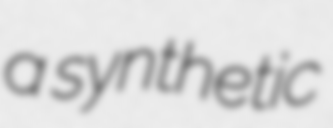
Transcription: a synthetic